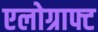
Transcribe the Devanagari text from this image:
एलोग्राफ्ट